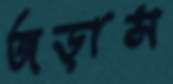
জড়াস